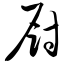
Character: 厨